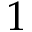
1